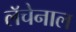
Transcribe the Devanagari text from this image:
लॅचेनाल